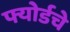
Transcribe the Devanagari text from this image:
फ्योर्डचे